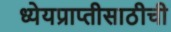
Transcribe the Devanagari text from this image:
ध्येयप्राप्तीसाठीची